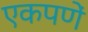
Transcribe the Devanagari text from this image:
एकपणें